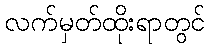
လက်မှတ်ထိုးရာတွင်